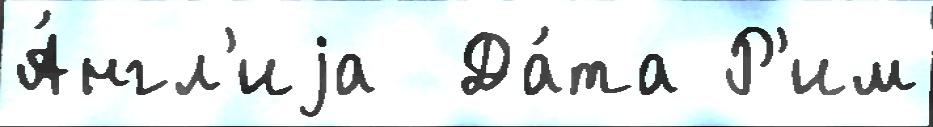
А́нгл'иjа  Да́та Р'им